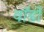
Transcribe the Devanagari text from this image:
वॉर्डो